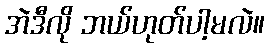
အဲဒီလို ဘယ်ဟုတ်ပါ့မလဲ။